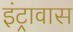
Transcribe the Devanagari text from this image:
इंट्रावास